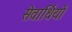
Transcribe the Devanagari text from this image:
सेवार्थियों